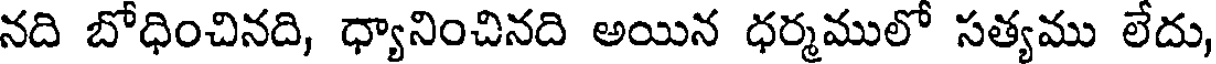
నది బోధించినది, ధ్యానించినది అయిన ధర్మములో సత్యము లేదు